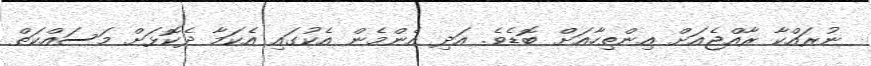
ނުރައްކާ ރާއްޖެއަށް އިންތިހާއަށް ބޮޑެވެ. އަދި އެންމެން އެކުގައި އެކަމާ ދެކޮޅަށް މަސައްކަތް